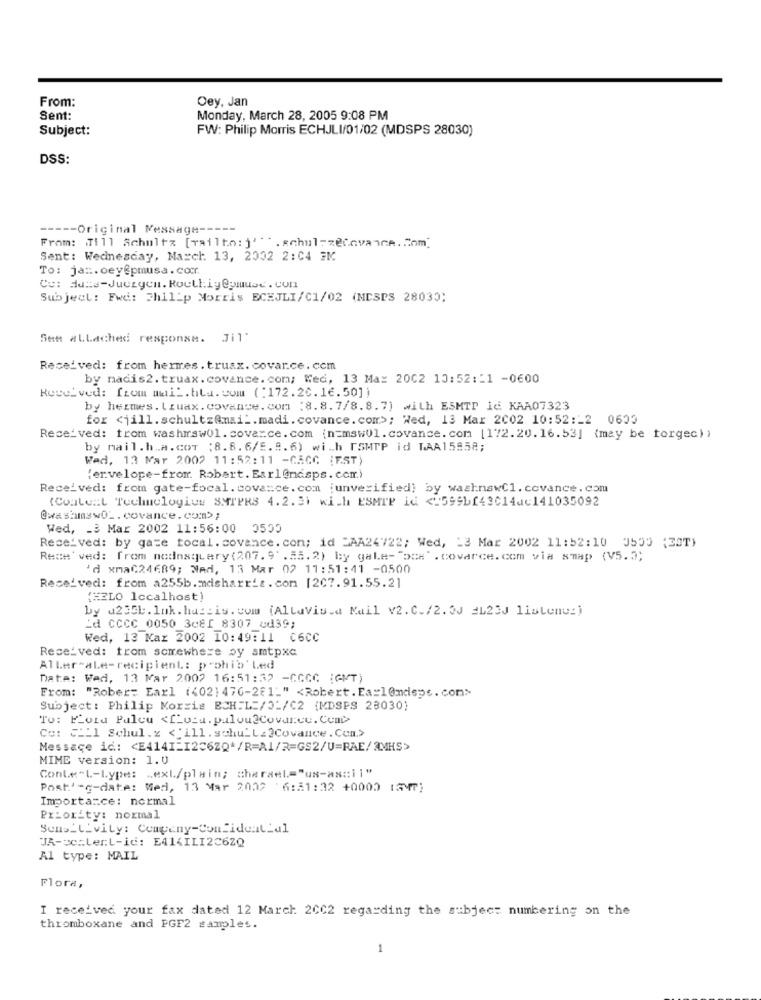
From:
Oey, Jan
Sent:
Monday, March 28, 2005 9:08 PM
Subject:
FW: Philip Morris ECHJLI/01/02 (MDSPS 28030)
DSS:
---- Original Message --
---
From: Jill Schultz [mailto:]'".schulz@@avance.Com.
Sent: Wednesday, March. 13, 2002 2:04 3M
To: jan.oey@pmusa.com.
Cu: duse-Juergen. Roelligeplusc. con
Subject : Fwdi: Philip Morris ECEJLI/C1/02 (MCSPS 28030;
Sett #LLached response. Jil"
Received: from hermes. truax. covar.ce.com
by nadis2. truax. covance. com; Med, 13 Max 2002 10:52:11 -0600
Received: from mai _. hlu. com (:172.20.16.50])
by hermes. Lzuax. covance. com (8.8. 7/8.8.7) with ESMTP id KAA07323
for <jill. schultz@mail. madi. covance. com>; Wed, 13 Mar 2002 10:52:12 0603
Received: from washmrswol.coverce.com (n=mswUl.covance.com [172.20.16.53] (may be torgec))
by mail.h .. M. cor ;8.8. 6/5.8.6) with ESMTP id LAA15858;
Wad, 13 Mar 2002 11:52:11 -CAGG :EST)
(envelope-from. Robert. Earl@ndsps. com)
Received: from gate-focal.covance.com :unverified) by washnswC1.covance.com
(Coule ::. Technologiuy SMTPRS 4.2. 31 with ESMTP id <1599b[43014uc141035092
@washmswOL. covance. com>;
Wed, - 3 Mar 2002 11:56:00 0500
Received: by gaze tocal. covance. com; id >AA24722; Wed, 13 Mar 2002 11:52:10 3555 (3ST)
Received: from nodsquery (207.9 .55. 2) by gale- "box" . covarce.com via smap (V5.3;
'd xmaC24689; Wed, 13 Mar 02 11:51:41 -0500
Received: from a255b.mdsharrit.com [2C7.91.55.21
(=LO localhost)
by a235L.lnk. hustis. com (Allavis.d Mail v2.C./2. 3J =L23J listenu:)
Ld CCCC 0050 3c81 8307 cd39;
Wed, 13 Kar 2002 10:49:11 C6CC
Received: from somewhere sy smtpxc
Aller"aLe-recipient: prohi'b' Led
Date: Wed, 13 Mar 2002 16:51:32 -CCCC :GMT)
From: "Rober: Earl (402) 476-2f1_" <Robert. Ea=1@ndspc. com>
Subject: Philip Morris ECH:L=/02/C2 (MDSPS 23030)
To: FLora Palcu <Lotu. palou?Covar.ce. Com
Co: __ 1 Schul. z <'ill. schu_La?Covance.Com.>
Message id .: < E4141-1236ZQ*/R=A1/2=GS2/U=RAE/3MHS>
MIME version: 1.0
ConLe"L-Lype: . exL/plain; charset="us-ascii"
Post' -e-date: Med, 13 Mar 2002 6:51:32 +0000 (GMT)
Importance: normal
Priority: normal
Some_L_vily: Company-Confidential
JA-vestert-id: E414ILI2C6ZQ
Al type: MAIL
Flora,
I received your fax dated 12 March 2002 regarding the subject numbering on the
thromboxane and PGF2 samples.
1